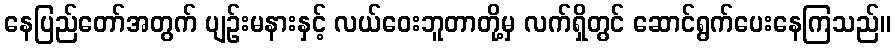
နေပြည်တော်အတွက် ပျဉ်းမနားနှင့် လယ်ဝေးဘူတာတို့မှ လက်ရှိတွင် ဆောင်ရွက်ပေးနေကြသည်။